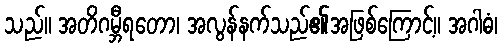
သည်။ အတိဂမ္ဘီရတော၊ အလွန်နက်သည်၏အဖြစ်ကြောင့်။ အဂါဓံ၊